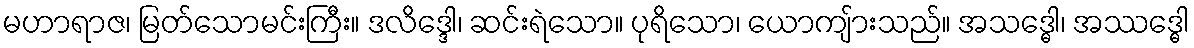
မဟာရာဇ၊ မြတ်သောမင်းကြီး။ ဒလိဒ္ဒေါ၊ ဆင်းရဲသော။ ပုရိသော၊ ယောကျ်ားသည်။ အသဒ္ဓေါ၊ အဿဒ္ဓေါ